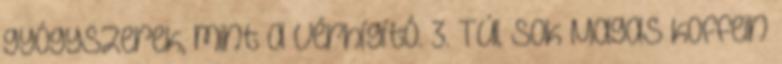
gyógyszerek, mint a vérhígító. 3. Túl sok Magas koffein